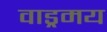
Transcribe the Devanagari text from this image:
वाड्रमय